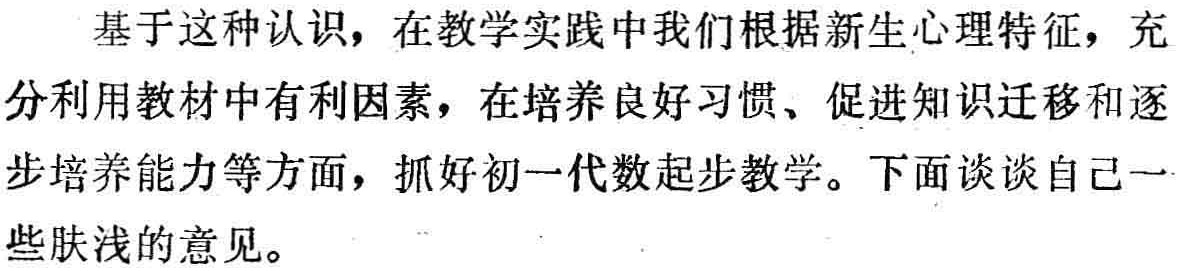
基于这种认识，在教学实践中我们根据新生心理特征，充分利用教材中有利因素，在培养良好习惯、促进知识迁移和逐步培养能力等方面，抓好初一代数起步教学。下面谈谈自己一些肤浅的意见。